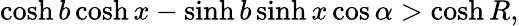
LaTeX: \cosh b\cosh x-\sinh b\sinh x\cos\alpha>\cosh R,